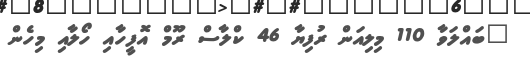
"ބައްލަވާ 110 މިލިއަން ރުފިޔާ 46 ކްލާސް ރޫމް އޮފީހާއި ހޯލާއި މިހެން